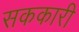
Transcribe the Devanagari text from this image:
सककारी